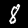
Digit: 8